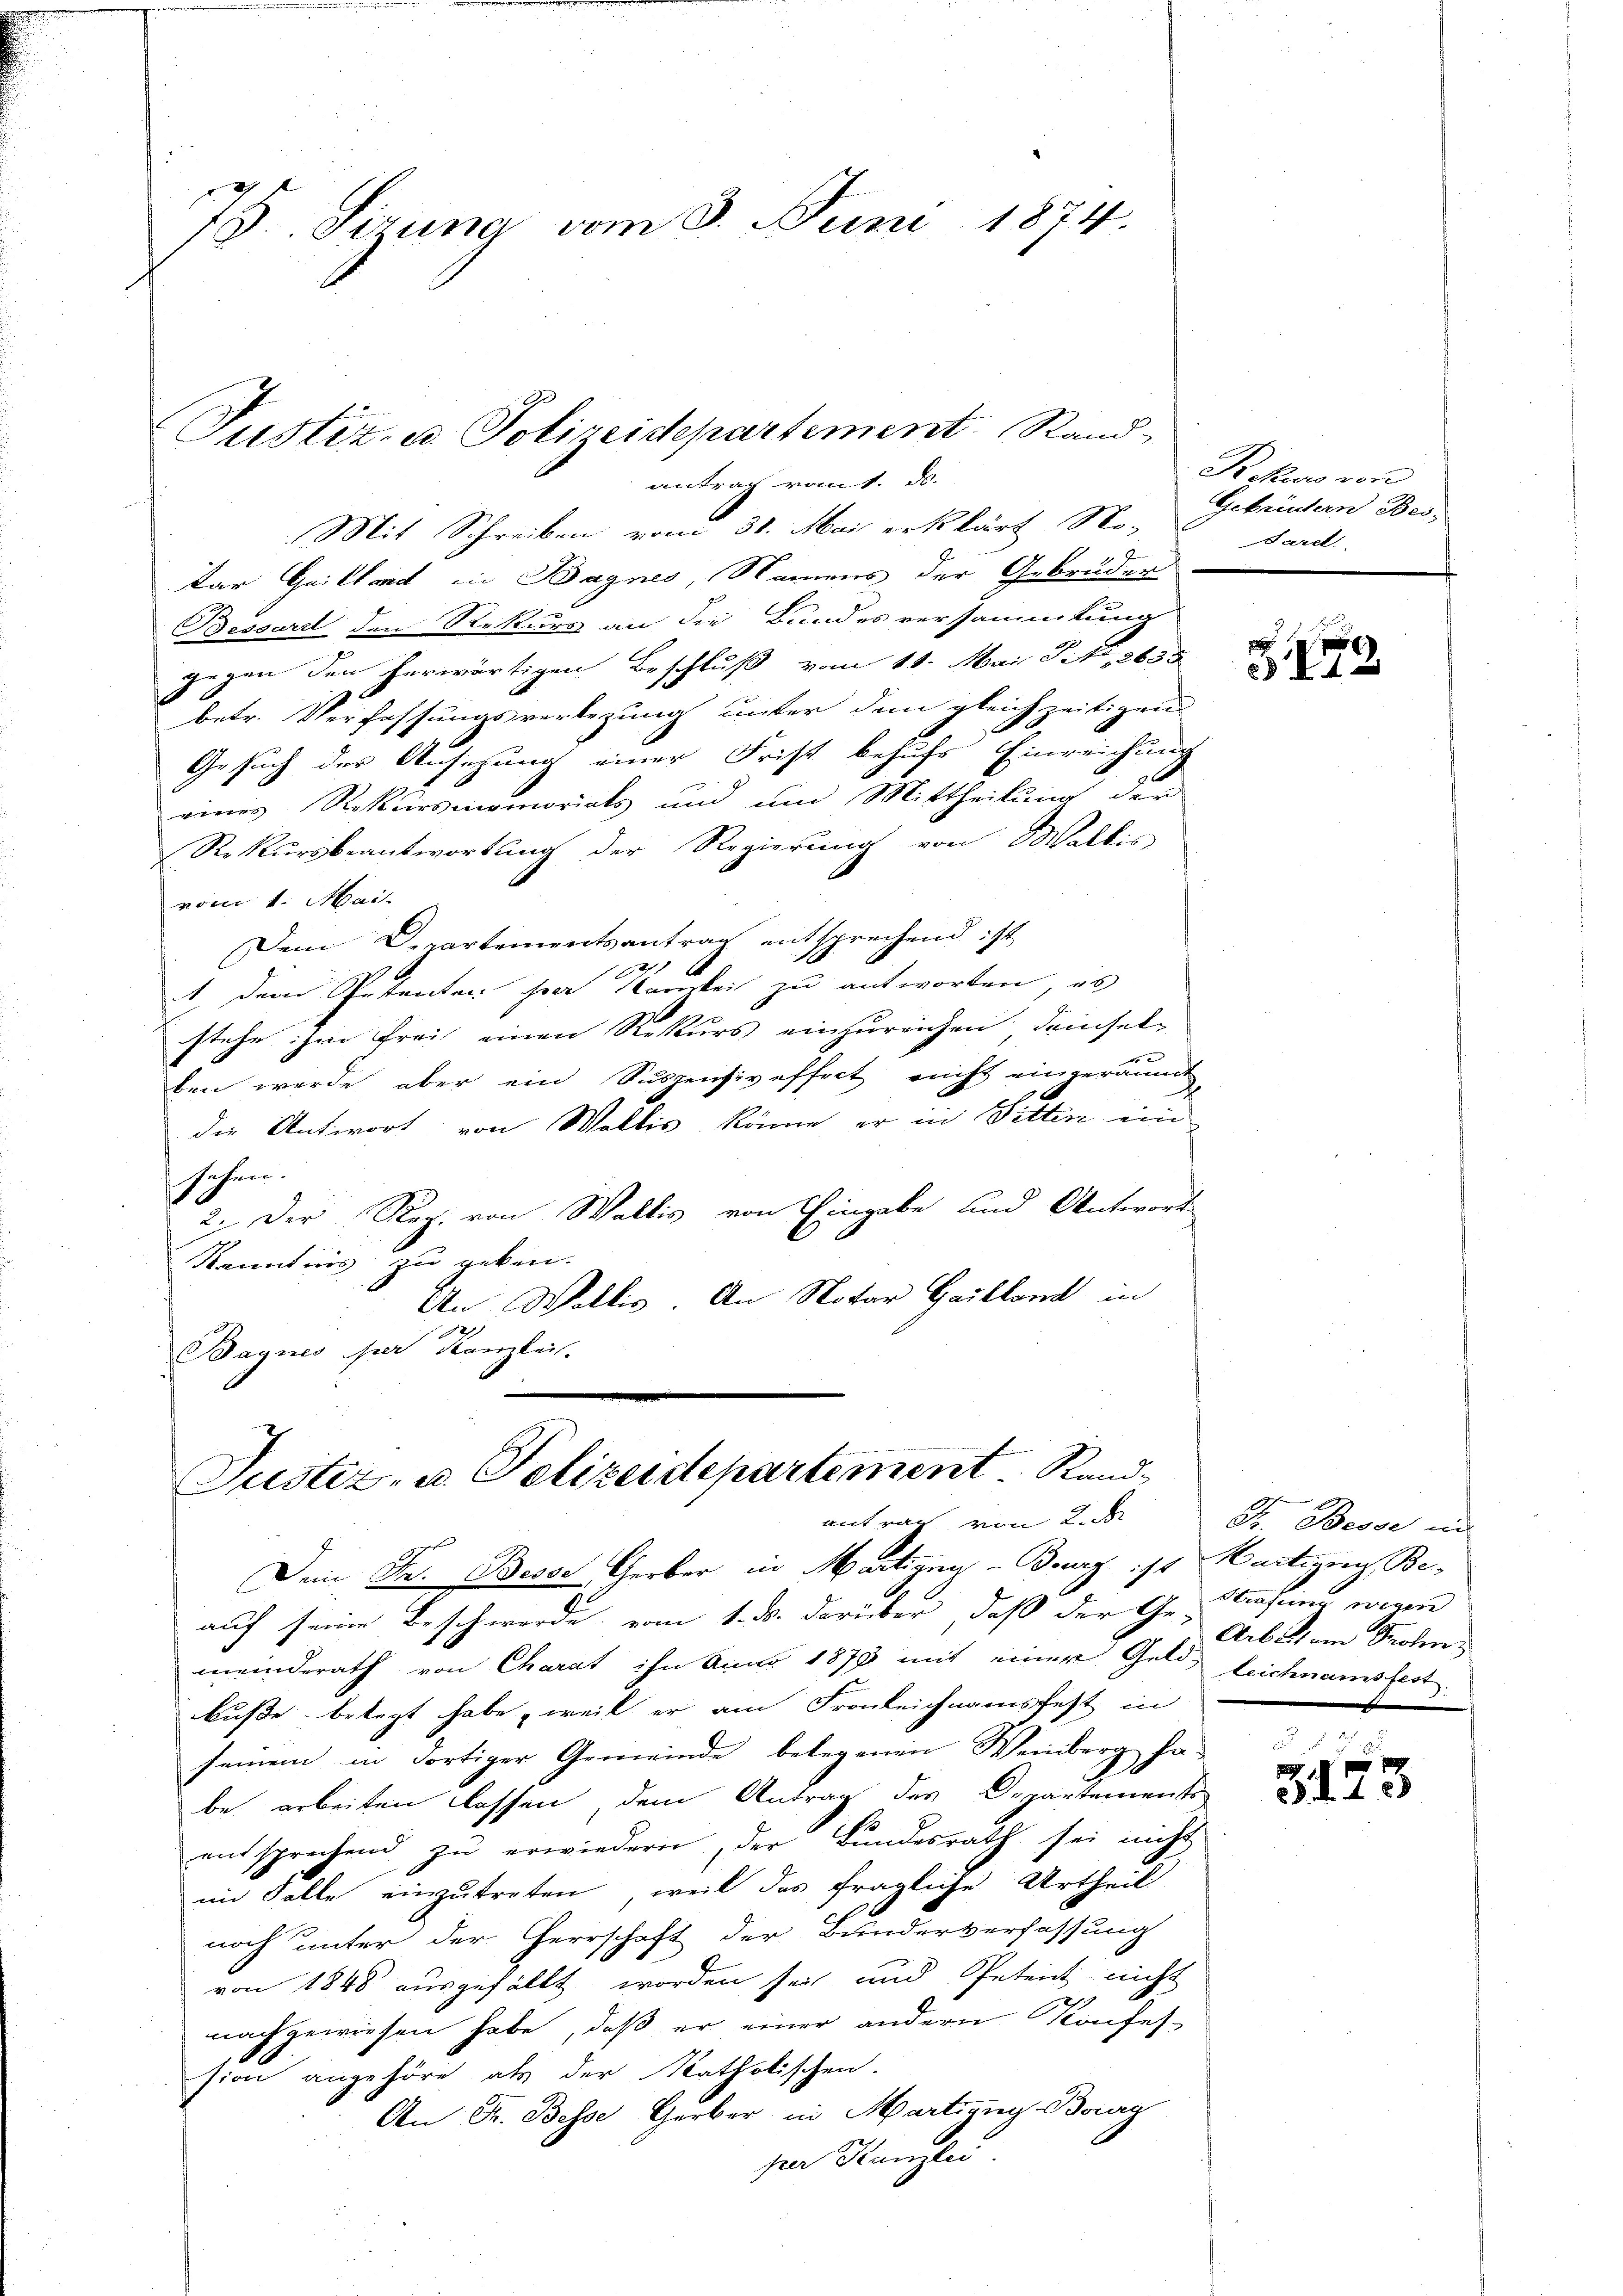
75 Sirung vom 8. Juni 1874.

Justiz- u. Polizeidepartement. Stand-
antrag vom 1. d.

Mit Schreiben vom 31. Mai erklärt No.
x
dar Quittard in Bagnes, Namens der Gebrüder
Bessard den Rekurs an die Bundesversammtung
gegen den herwärtigen Beschluß vom 11. Mai S. 2635
betr. Verfassungsverlegung unter dem gleichzeitigen
Gesuch der Ansezung einer Frist behufs Einreichung
eines Rekursmemorials und um Mittheilung der
Rekursbeantwortung der Regierung von Waltis
vom 1. Mai.
Dem Departementsantrag entsprechend ist
1. dem Petenten per Namkeit zu antworten, es
stehe ihm Frei einen Rekurs einzureichen demsel
4 x
ben werde aber ein Suspensiveffret nicht eingeräum
die Antwort von Wallis könne, er in Sitten ein
sehen.
2. Der Reg. von Wallis von Eingabe und Antwort
Kannt ins zu geben.
An Wallis. An Notar Guilland in
1
Bagnes per Kanzlei.

Justiz- u. Polizeidepartement Rand
antrag von 2. d
Dein Fr. Beses Gerber in Martigny-Burg ist Martigung, Be¬

auf seine Beschwerde vom 1. ds. darüber, daß der Ge- Strafung wegen
meinderath von Charat ihn Anno 1878 mit einer Geld, Leichnamsfest.
buße belegt habe, weil er am Fronleichnamsfest in
seinem in dortiger Gemeinde belegenen Weinberg habe arbeiten lassen, dem Antrag des Departements
entsprechend zŭ erwiedern, der Bundesrath sei nicht
im Falle einzutreten, weil das fragliche Urtheil
noch unter der Herrschaft der Bunderverfassung
von 1848 ausgefällt worden sei und Petent nicht
1
nachgewiesen habe, daß er einer andern Konfes-
sion angehöre als der katholischen.
An Fr. Besse Gerber in Martieng Bog
sen Stanzlei

Dr. Kurs von
Gebrüdern Bes
Sarel.

3772

Dr. Besse und
Arbeit am Profen
x

f 2

§. 4. 88